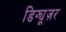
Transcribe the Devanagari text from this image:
डिफ्यूज़र